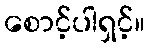
စောင့်ပါရှင့်။